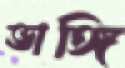
ভাঙ্গি